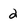
Character: 2